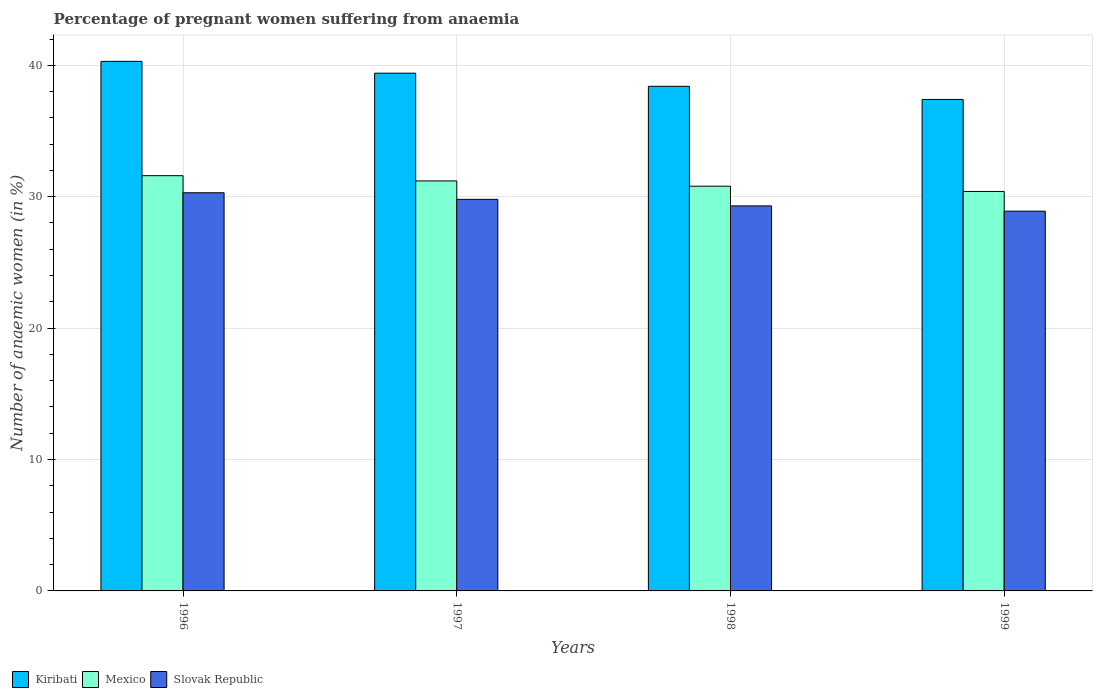
| Years | Kiribati | Mexico | Slovak Republic |
 | --- | --- | --- | --- |
 | 1996 | 40.3 | 31.6 | 30.3 |
 | 1997 | 39.4 | 31.2 | 29.8 |
 | 1998 | 38.4 | 30.8 | 29.3 |
 | 1999 | 37.4 | 30.4 | 28.9 |